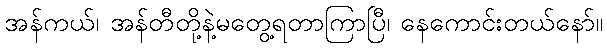
အန်ကယ်၊ အန်တီတို့နဲ့မတွေ့ရတာကြာပြီ၊ နေကောင်းတယ်နော်။